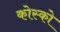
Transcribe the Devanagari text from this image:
कोस्को